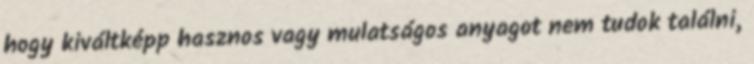
hogy kiváltképp hasznos vagy mulatságos anyagot nem tudok találni,